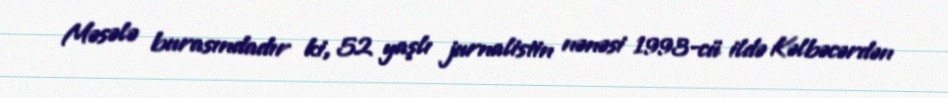
Məsələ burasındadır ki, 52 yaşlı jurnalistin nənəsi 1993-cü ildə Kəlbəcərdən